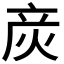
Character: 𰞚